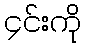
၄င်းကို